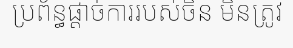
ប្រព័ន្ធផ្តាច់ការរបស់ចិន មិនត្រូវ